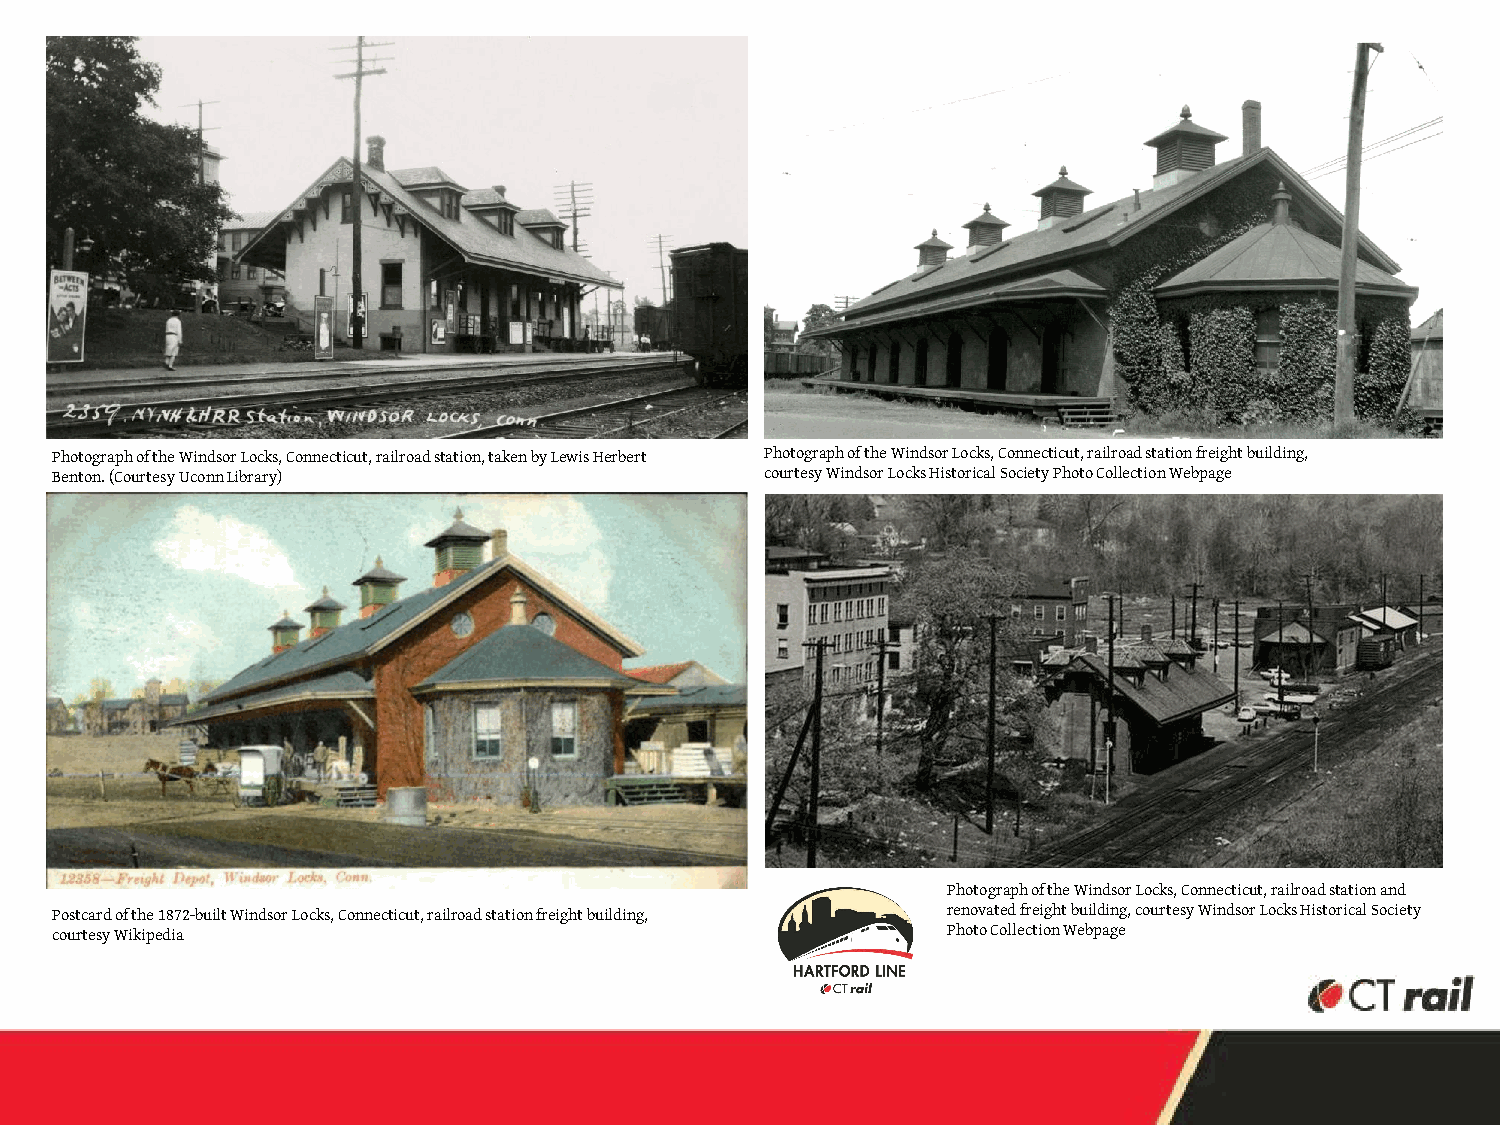
Photograph of the Windsor Locks, Connecticut, railroad station, taken by Lewis Herbert Photograph of the Windsor Locks, Connecticut, railroad station freight building,
 Benton. (Courtesy UconnLibrary)                 courtesy Windsor Locks Historical Society Photo Collection Webpage
 Photograph of the Windsor Locks, Connecticut, railroad station and
 Postcard of the 1872-built Windsor Locks, Connecticut, railroad station freight building, renovated freight building, courtesy Windsor Locks Historical Society
 courtesy Wikipedia                                          Photo Collection Webpage
 19